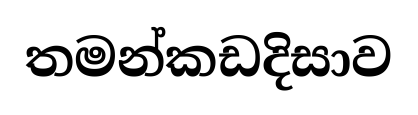
තමන්කඩදිසාව